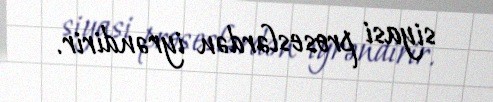
siyasi proseslərdən iyrəndirir.